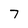
Character: 7